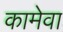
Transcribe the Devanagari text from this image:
कामेवा